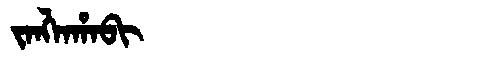
Manchu: ᠵᠠᠩᠯᠠᡥᠠᠪᡳ
Romanization: JANGLAHABI